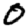
Digit: 0